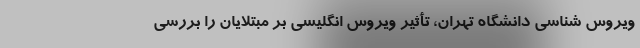
ویروس شناسی دانشگاه تهران، تأثیر ویروس انگلیسی بر مبتلایان را بررسی